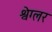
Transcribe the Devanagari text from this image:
श्वेग्लर